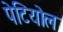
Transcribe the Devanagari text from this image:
पेटियोल